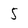
Character: 5